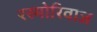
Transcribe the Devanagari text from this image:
रस्मोरिवाज